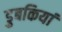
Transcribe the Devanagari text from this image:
डुबकियां